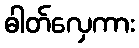
ဓါတ်လှေကား